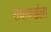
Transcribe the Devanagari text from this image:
राधाबाईला